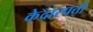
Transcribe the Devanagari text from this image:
केदारपत्ती